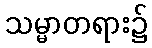
သမ္မာတရား၌